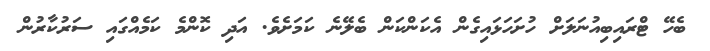
ބެހޭ ޓްރައިބިއުނަލަށް ހުށަހަޅައިގެން އެކަންކަން ބެލޭނެ ކަމަށެވެ. އަދި ކޮންމެ ކަމެއްގައި ސަރުކާރުން